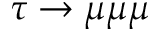
\tau \to \mu \mu \mu